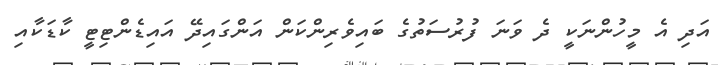
އަދި އެ މީހުންނަކީ ދެ ވަނަ ފުރުސަތުގެ ބައިވެރިންކަން އަންގައިދޭ އައިޑެންޓިޓީ ކާޑަކާއި